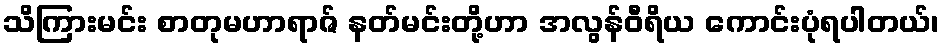
သိကြားမင်း စာတုမဟာရာဇ် နတ်မင်းတို့ဟာ အလွန်ဝီရိယ ကောင်းပုံရပါတယ်၊